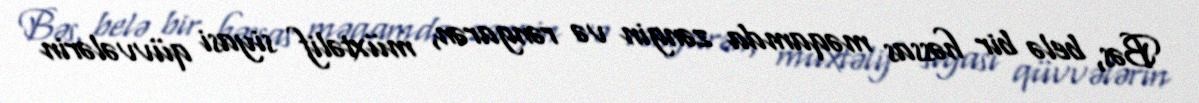
Bəs, belə bir həssas məqamda zəngin və rəngarən, müxtəlif siyasi qüvvələrin